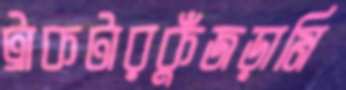
ট্রাকটারকুঁজড়ামি